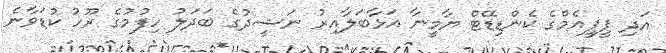
އަދި ޕީޕީއެމްގެ ކެންޑިޑޭޓް ޔާމީނާ އަޅާބަލާއިރު ނަޝީދުގެ ބަދަލު ހިފުމުގެ ރޫހު ކުޑަވާނެ